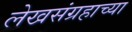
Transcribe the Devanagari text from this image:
लेखसंग्रहाच्या